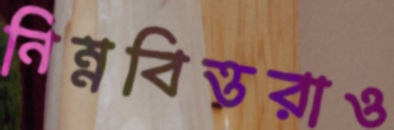
নিম্নবিত্তরাও